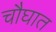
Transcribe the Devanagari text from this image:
चौघात